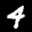
Label: 4